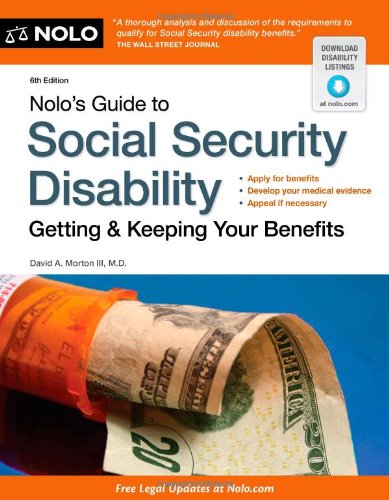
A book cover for Nolo's Guide to Social Security Disability: Getting & Keeping Your Benefits; David Morton III M.D.; Law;